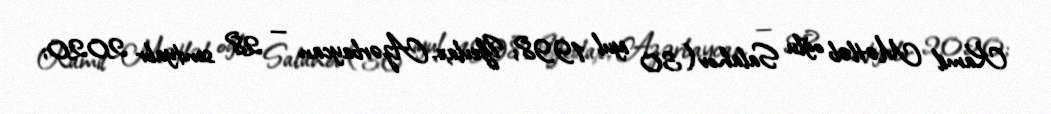
Kamil Mətləb oğlu Salahov (30 iyul 1998; Yevlax, Azərbaycan — 28 sentyabr 2020;